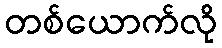
တစ်ယောက်လို